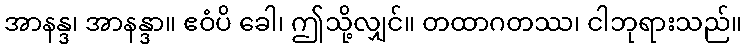
အာနန္ဒ၊ အာနန္ဒာ။ ဧဝံပိ ခေါ၊ ဤသို့လျှင်။ တထာဂတဿ၊ ငါဘုရားသည်။